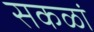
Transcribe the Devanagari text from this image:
सकळां